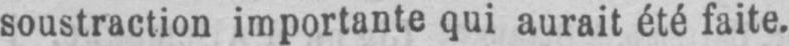
soustraction importante qui aurait été faite.